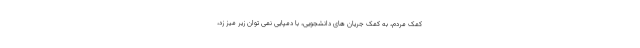
کمک مردم، به کمک جریان های دانشجویی، با دمپایی نمی توان زیر میز زد،